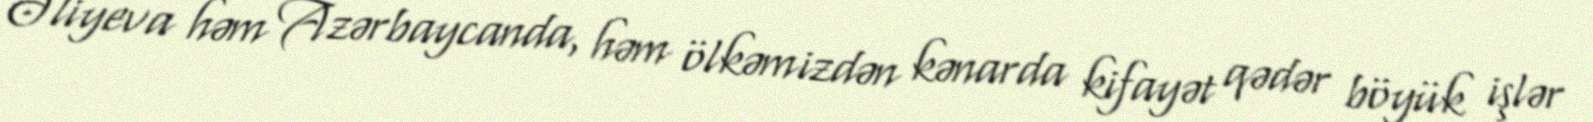
Əliyeva həm Azərbaycanda, həm ölkəmizdən kənarda kifayət qədər böyük işlər